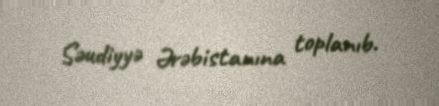
Səudiyyə Ərəbistanına toplanıb.